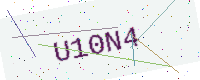
Text: U10N4